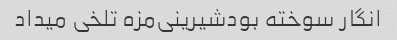
انگار سوخته بود‌شیرینی‌مزه تلخی میداد